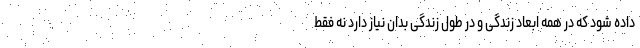
داده شود که در همه ابعاد زندگی و در طول زندگی بدان نیاز دارد نه فقط